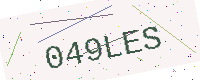
Text: 049LES